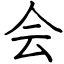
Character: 会